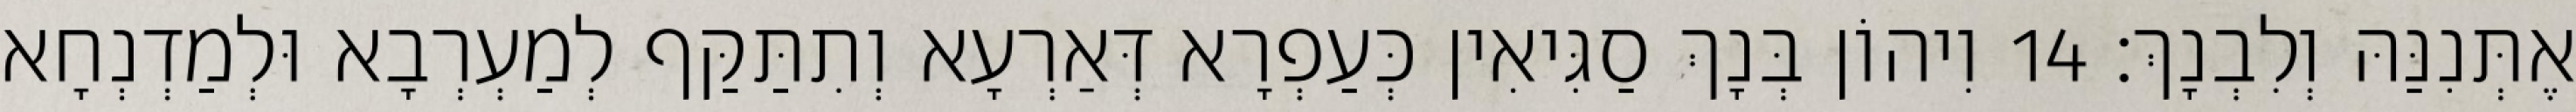
אֶתְּנִנַּהּ וְלִבְנָךְ׃ 14 וִיהוֹן בְּנָךְ סַגִּיאִין כְּעַפְרָא דְּאַרְעָא וְתִתַּקַּף לְמַעְרְבָא וּלְמַדְנְחָא